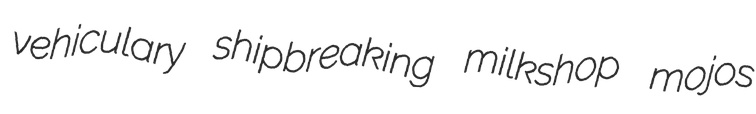
vehiculary shipbreaking milkshop mojos